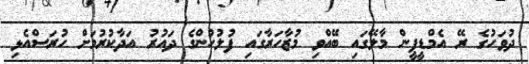
ދުވަހުގެ ރޭ އެމްޑީޕީން މާލޭގައި ބޭއްވި މުޒާހަރާގައި ފުލުހުންގެ ދައުރު އަދާކުރުމަށް ހުރަސްއެޅި